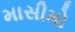
માસીમો